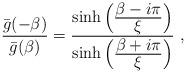
LaTeX: \begin{align*}{{\bar g}(-\beta )\over {\bar g}(\beta )}={ \sinh \left({\displaystyle \beta -i\pi \over\displaystyle\xi}\right)\over \sinh \left({\displaystyle \beta +i\pi \over\displaystyle\xi}\right)}\ ,\end{align*}